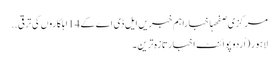
مرکزی صفحہاخباراہم خبریں ایل ڈی اے کے14اہلکاروں کی ترقی ..
لاہور (اُردو پوائنٹ اخبار تازہ ترین۔